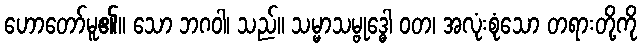
ဟောတော်မူ၏။ သော ဘဂဝါ၊ သည်။ သမ္မာသမ္ဗုဒ္ဓေါ ဝတ၊ အလုံးစုံသော တရားတို့ကို